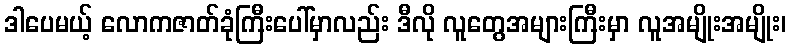
ဒါပေမယ့် လောကဇာတ်ခုံကြီးပေါ်မှာလည်း ဒီလို လူတွေအများကြီးမှာ လူအမျိုးအမျိုး၊